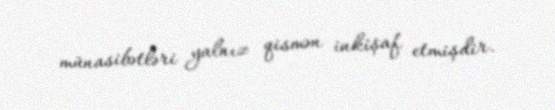
münasibətləri yalnız qismən inkişaf etmişdir.